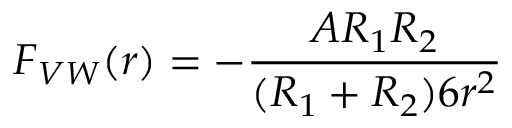
\ F _ { V W } ( r ) = - { \frac { A R _ { 1 } R _ { 2 } } { ( R _ { 1 } + R _ { 2 } ) 6 r ^ { 2 } } }